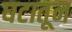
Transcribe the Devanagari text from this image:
घटातून